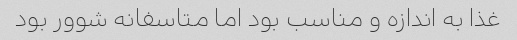
غذا به اندازه و مناسب بود اما متاسفانه شوور بود